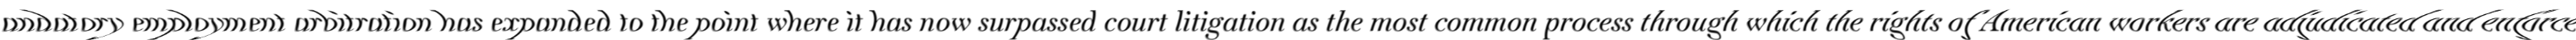
Mandatory employment arbitration has expanded to the point where it has now surpassed court litigation as the most common process through which the rights of American workers are adjudicated and enforced.